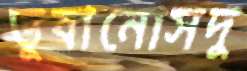
ডুবানোসদু